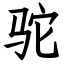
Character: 驼